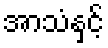
အာသံနှင့်